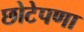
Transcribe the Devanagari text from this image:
छोटेपणा